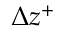
\Delta z ^ { + }